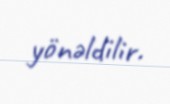
yönəldilir.